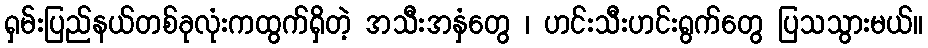
ရှမ်းပြည်နယ်တစ်ခုလုံးကထွက်ရှိတဲ့ အသီးအနှံတွေ ၊ ဟင်းသီးဟင်းရွက်တွေ ပြသသွားမယ်။